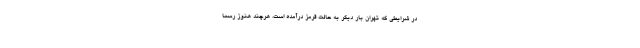
در شرایطی که تهران بار دیگر به حالت قرمز درآمده است، هرچند هنوز رسما